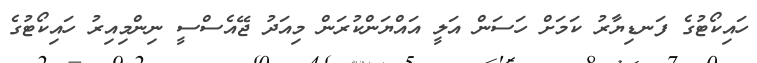
ހައިކޯޓުގެ ފަނޑިޔާރު ކަމަށް ހަސަން އަލީ އައްޔަންކުރަން މިއަދު ޖޭއެސްސީ ނިންމިއިރު ހައިކޯޓުގެ